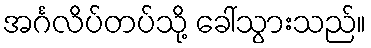
အင်္ဂလိပ်တပ်သို့ ခေါ်သွားသည်။